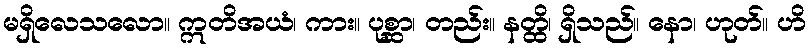
မရှိလေသလော။ ဣတိအယံ၊ ကား။ ပုစ္ဆာ၊ တည်း။ နတ္ထိ၊ ရှိသည်။ နော၊ ဟုတ်။ ဟိ